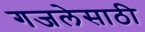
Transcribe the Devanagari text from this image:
गजलेसाठी